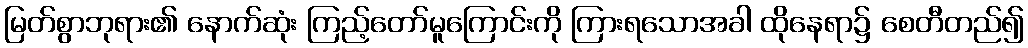
မြတ်စွာဘုရား၏ နောက်ဆုံး ကြည့်တော်မူကြောင်းကို ကြားရသောအခါ ထိုနေရာ၌ စေတီတည်၍